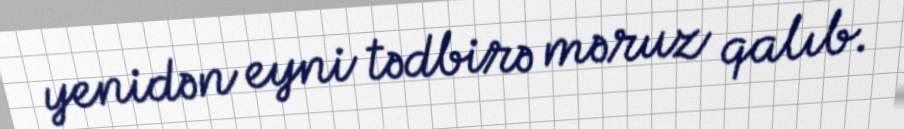
yenidən eyni tədbirə məruz qalıb.